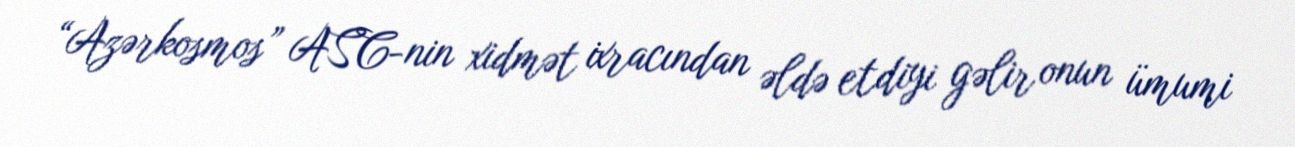
“Azərkosmos” ASC-nin xidmət ixracından əldə etdiyi gəlir onun ümumi